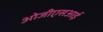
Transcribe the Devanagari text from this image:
ओजीएसआई